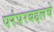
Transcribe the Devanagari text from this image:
परंपरबद्दलचे